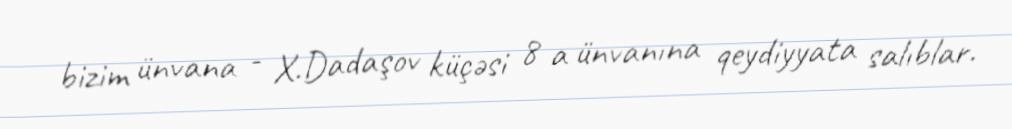
bizim ünvana - X.Dadaşov küçəsi 8 a ünvanına qeydiyyata salıblar.